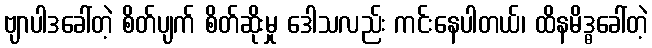
ဗျာပါဒခေါ်တဲ့ စိတ်ပျက် စိတ်ဆိုးမှု ဒေါသလည်း ကင်းနေပါတယ်၊ ထိနမိဒ္ဓခေါ်တဲ့